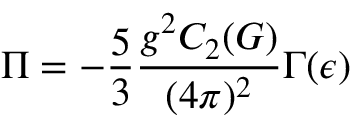
\Pi = - \frac { 5 } { 3 } \frac { g ^ { 2 } C _ { 2 } ( G ) } { ( 4 \pi ) ^ { 2 } } \Gamma ( \epsilon )